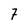
Character: 7